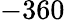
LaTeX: -360